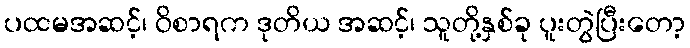
ပထမအဆင့်၊ ဝိစာရက ဒုတိယ အဆင့်၊ သူတို့နှစ်ခု ပူးတွဲပြီးတော့